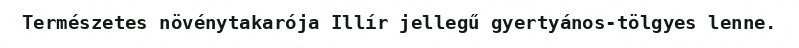
Természetes növénytakarója Illír jellegű gyertyános-tölgyes lenne.